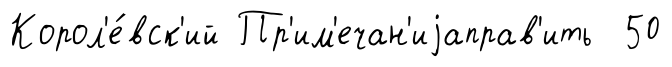
Корол'е́вск'ий Пр'им'ечан'иjаправ'ить 50